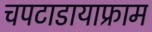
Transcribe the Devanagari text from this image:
चपटाडायाफ्राम